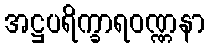
အဋ္ဌပရိက္ခာရဝဏ္ဏနာ